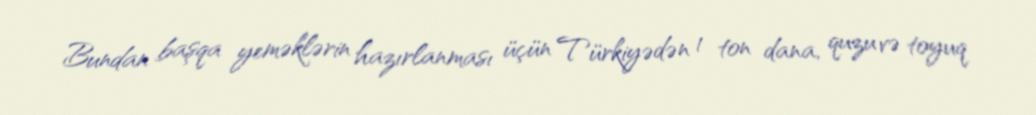
Bundan başqa yeməklərin hazırlanması üçün Türkiyədən 1 ton dana, quzu və toyuq